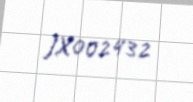
JX002432